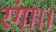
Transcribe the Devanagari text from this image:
रंगा।।